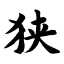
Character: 狭